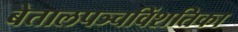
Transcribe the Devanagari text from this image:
बेतालपञ्चविंशतिका